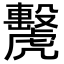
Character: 𧈗